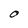
Character: O